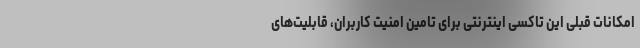
امکانات قبلی این تاکسی اینترنتی برای تامین امنیت کاربران، قابلیت‌های